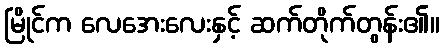
မြိုင်က လေအေးလေးနှင့် ဆက်တိုက်တွန်း၏။